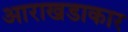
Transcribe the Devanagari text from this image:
आराखडाकार